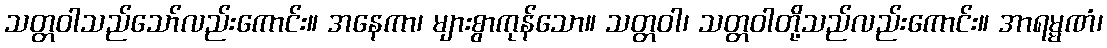
သတ္တဝါသည်သော်လည်းကောင်း။ အနေကာ၊ များစွာကုန်သော။ သတ္တဝါ၊ သတ္တဝါတို့သည်လည်းကောင်း။ အာရမ္မဏံ၊